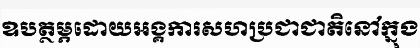
ឧបត្ថម្ភដោយអង្គការសហប្រជាជាតិនៅក្នុង